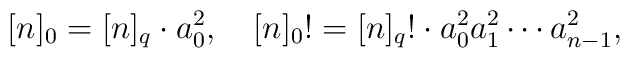
[n]_0=[n]_q\cdot a_0^2 ,\quad[n]_0!=[n]_q!\cdot a_0^2a_1^2\cdots a_{n-1}^2 ,